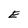
Character: E